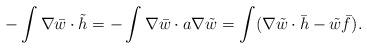
LaTeX: \begin{align*}-\int\nabla\bar w\cdot\tilde h=-\int\nabla\bar w\cdot a\nabla\tilde w=\int(\nabla\tilde w\cdot \bar h-\tilde w\bar f).\end{align*}